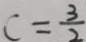
C = \frac { 3 } { 2 }